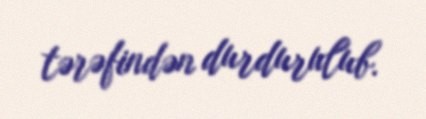
tərəfindən durdurulub.